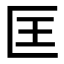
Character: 匡